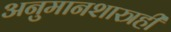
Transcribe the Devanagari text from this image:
अनुमानशास्त्रही